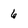
Character: 6